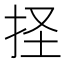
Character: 𢫞